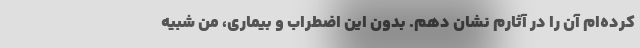
کرده‌ام آن را در آثارم نشان دهم. بدون این اضطراب و بیماری، من شبیه